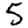
Digit: 5